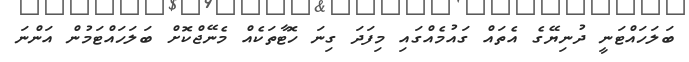
ބަލަހައްޓަނީ ދުނިޔޭގެ އެތައް ގައުމެއްގައި މިފަދަ ގިނަ ހޮޓާތަކެއް މެނޭޖްކޮށް ބަލަހައްޓަމުން އަންނަ